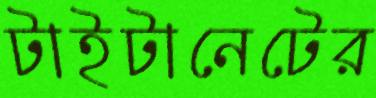
টাইটানেটের